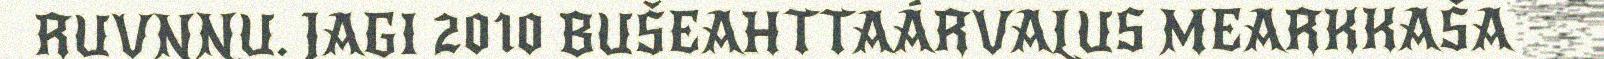
RUVNNU. JAGI 2010 BUŠEAHTTAÁRVALUS MEARKKAŠA